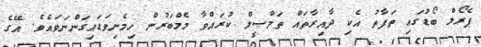
ޕެރޯލް ބޯޑުގައި ތަފާތު އެކި ދާއިރާތައް ތަމްޞީލް ކުރައްވާ މެމްބަރުން ހިމެނިވަޑައިގަންނަވައެވެ. އޭގެ